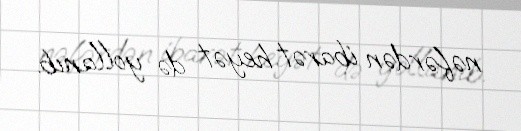
nəfərdən ibarət heyət də yollanıb.